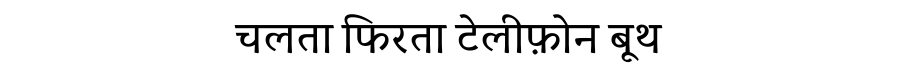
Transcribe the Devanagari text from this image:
चलता फिरता टेलीफ़ोन बूथ